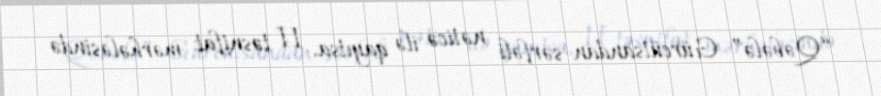
“Qəbələ” Gürcütsandan sərfəli nəticə ilə qayıtsa, II təsnifat mərhələsində